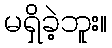
မရှိခဲ့ဘူး။